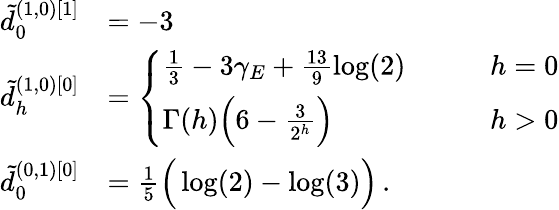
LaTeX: \begin{array}{rl}{\tilde{d}_{0}^{(1,0)[1]}}&{=-3}\\ {\tilde{d}_{h}^{(1,0)[0]}}&{=\left\{ \begin{array}{ll}{\frac 13-3\gamma_{E}+\frac{13}{9}\log(2)}&{\qquad h=0}\\ {\Gamma(h)\Big(6-\frac{3}{2^{h}}\Big)}&{\qquad h>0}\end{array}\right.}\\ {\tilde{d}_{0}^{(0,1)[0]}}&{=\frac 15\Big(\log(2)-\log(3)\Big)\, .}\end{array}